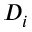
D _ { i }